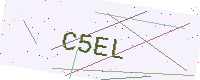
Text: C5EL